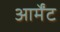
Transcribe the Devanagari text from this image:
आर्मेंट